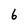
Character: 6